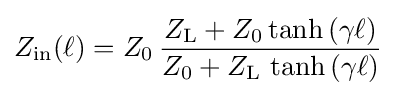
Z_{\mathrm {in} }(\ell )=Z_{0}\,{\frac {Z_{\mathrm {L} }+Z_{0}\tanh \left(\gamma \ell \right)}{Z_{0}+Z_{\mathrm {L} }\,\tanh \left(\gamma \ell \right)}}